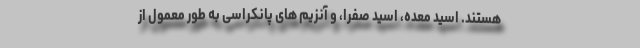
هستند. اسید معده، اسید صفرا، و آنزیم های پانکراسی به طور معمول از